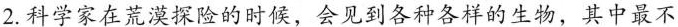
A.骆驼刺 B.荒漠猫